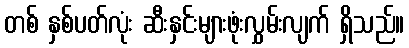
တစ် နှစ်ပတ်လုံး ဆီးနှင်းများဖုံးလွှမ်းလျက် ရှိသည်။